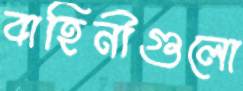
বাহিনীগুলো